Leaving Certificate Examination, 1906
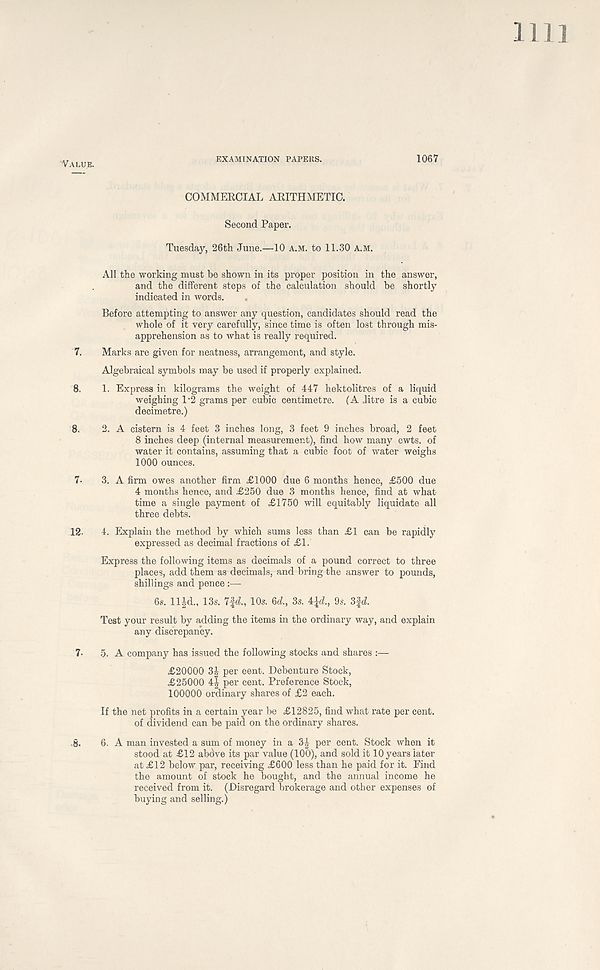
EXAMINATION PAPERS.
Value.
1067
COMMERCIAL ARITHMETIC.
Second Paper.
Tuesday, 26th June.—10 a.m. to 11.30 a.m.
All the working must be shown in its proper position in the answer,
and the different steps of the calculation should be shortly
indicated in words.
Before attempting to answer any question, candidates should read the
whole of it very carefully, since time is often lost through mis-
apprehension as to what is really required.
7. Marks are given for neatness, arrangement, and style.
Algebraical symbols may be used if properly explained.
8. 1. Express in kilograms the weight of 447 hektolitres of a liquid
weighing 1'2 grams per cubic centimetre. (A .litre is a cubic
decimetre.)
8. 2. A cistern is 4 feet 3 inches long, 3 feet 9 inches broad, 2 feet
8 inches deep (internal measurement), find how many cwts. of
water it contains, assuming that a cubic foot of water weighs
1000 ounces.
7- 3. A firm owes another firm £1000 due 6 months hence, £500 due
4 months hence, and £250 due 3 months hence, find at what
time a single payment of £1750 will equitably liquidate all
three debts.
12- 4. Explain the method by which sums less than £1 can be rapidly
expressed as decimal fractions of £1.
Express the following items as decimals of a pound correct to three
places, add them as decimals, and bring the answer to pounds,
shillings and pence
6s. lljd., 13s. 7fd., 10s. 6d., 3s. ±\d., 9s. 3fd.
Test your result by adding the items in the ordinary way, and explain
any discrepancy.
7- 5. A company has issued the following stocks and shares :—
£20000 3£ per cent. Debenture Stock,
£25000 per cent. Preference Stock,
100000 ordinary shares of £2 each.
If the net profits in a certain year be £12825, find what rate per cent,
of dividend can be paid on the ordinary shares.
.8. 6. A man invested a sum of money in a 3£ per cent. Stock when it
stood at £12 abdve its par value (100), and sold it 10 years later
at £12 below par, receiving £600 less than he paid for it. Find
the amount of stock he bought, and the annual income he
received from it. (Disregard brokerage and other expenses of
buying and selling.)